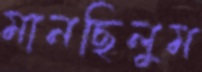
মানছিলুম